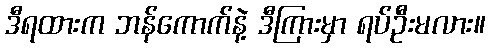
ဒီရထားက ဘန်ကောက်နဲ့ ဒီကြားမှာ ရပ်ဦးမလား။